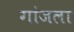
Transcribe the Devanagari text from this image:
गांजला